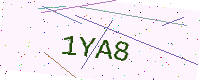
Text: 1YA8